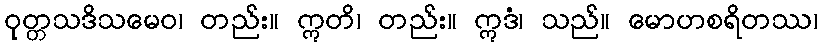
ဝုတ္တသဒိသမေဝ၊ တည်း။ ဣတိ၊ တည်း။ ဣဒံ၊ သည်။ မောဟစရိတဿ၊